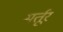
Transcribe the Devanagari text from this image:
मर्तूर